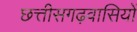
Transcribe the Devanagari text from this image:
छत्तीसगढ़वासियों